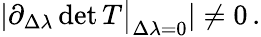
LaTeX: \begin{array}{r}{\vert\partial_{\Delta\lambda}\operatorname*{det}T\big\rvert_{\Delta\lambda=0}\vert\neq 0\, .}\end{array}